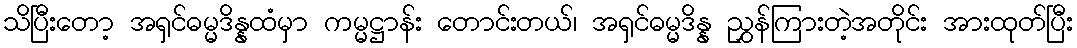
သိပြီးတော့ အရှင်ဓမ္မဒိန္နထံမှာ ကမ္မဋ္ဌာန်း တောင်းတယ်၊ အရှင်ဓမ္မဒိန္န ညွှန်ကြားတဲ့အတိုင်း အားထုတ်ပြီး